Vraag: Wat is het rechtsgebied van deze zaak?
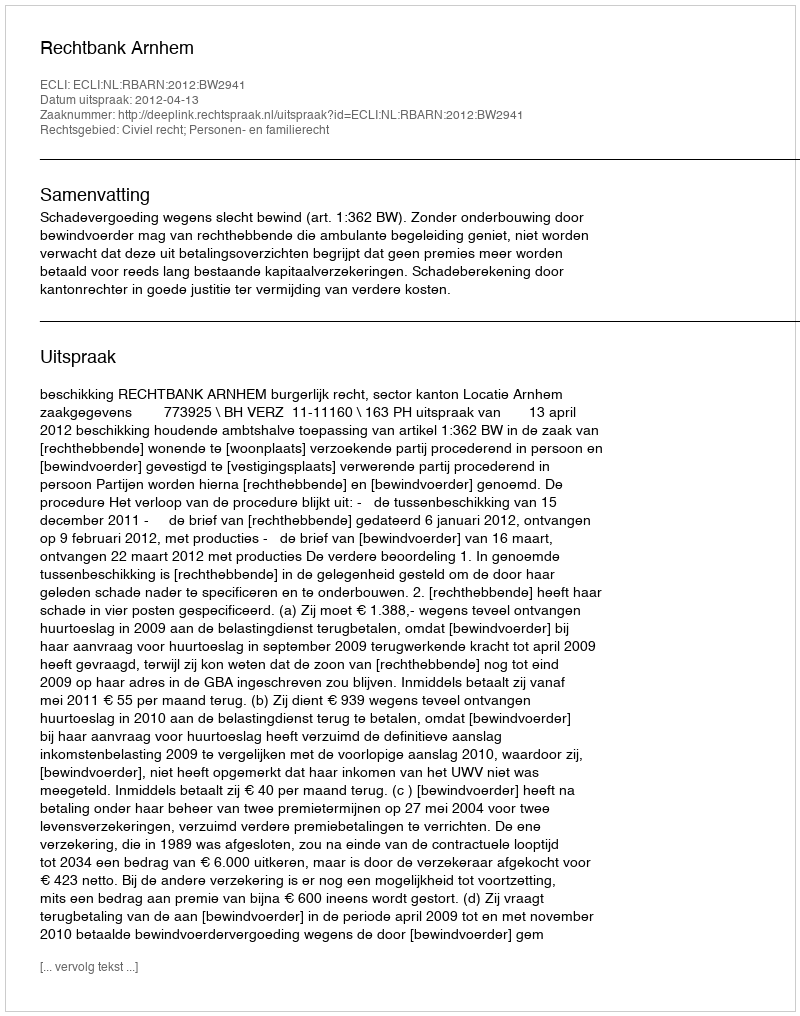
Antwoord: Civiel recht; Personen- en familierecht